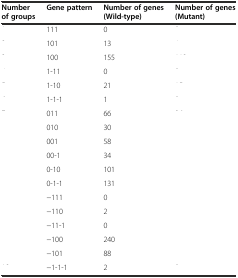
<table><thead><tr><td><b>Number of groups</b></td><td><b>Gene pattern</b></td><td><b>Number of genes (Wild-type)</b></td><td><b>Number of genes (Mutant)</b></td></tr></thead><tbody><tr><td>[EMPTY_CELL]</td><td>111</td><td>0</td><td>[EMPTY_CELL]</td></tr><tr><td>[EMPTY_CELL]</td><td>101</td><td>13</td><td>[EMPTY_CELL]</td></tr><tr><td>[EMPTY_CELL]</td><td>100</td><td>155</td><td>[EMPTY_CELL]</td></tr><tr><td>[EMPTY_CELL]</td><td>1-11</td><td>0</td><td>[EMPTY_CELL]</td></tr><tr><td>[EMPTY_CELL]</td><td>1-10</td><td>21</td><td>[EMPTY_CELL]</td></tr><tr><td>[EMPTY_CELL]</td><td>1-1-1</td><td>1</td><td>[EMPTY_CELL]</td></tr><tr><td>[EMPTY_CELL]</td><td>011</td><td>66</td><td>[EMPTY_CELL]</td></tr><tr><td>[EMPTY_CELL]</td><td>010</td><td>30</td><td>[EMPTY_CELL]</td></tr><tr><td>[EMPTY_CELL]</td><td>001</td><td>58</td><td>[EMPTY_CELL]</td></tr><tr><td>[EMPTY_CELL]</td><td>00-1</td><td>34</td><td>[EMPTY_CELL]</td></tr><tr><td>[EMPTY_CELL]</td><td>0-10</td><td>101</td><td>[EMPTY_CELL]</td></tr><tr><td>[EMPTY_CELL]</td><td>0-1-1</td><td>131</td><td>[EMPTY_CELL]</td></tr><tr><td>[EMPTY_CELL]</td><td>−111</td><td>0</td><td>[EMPTY_CELL]</td></tr><tr><td>[EMPTY_CELL]</td><td>−110</td><td>2</td><td>[EMPTY_CELL]</td></tr><tr><td>[EMPTY_CELL]</td><td>−11-1</td><td>0</td><td>[EMPTY_CELL]</td></tr><tr><td>[EMPTY_CELL]</td><td>−100</td><td>240</td><td>[EMPTY_CELL]</td></tr><tr><td>[EMPTY_CELL]</td><td>−101</td><td>88</td><td>[EMPTY_CELL]</td></tr><tr><td>[EMPTY_CELL]</td><td>−1-1-1</td><td>2</td><td>[EMPTY_CELL]</td></tr></tbody></table>